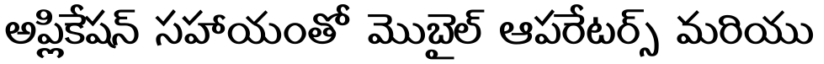
అప్లికేషన్ సహాయంతో మొబైల్ ఆపరేటర్స్ మరియు